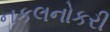
નકલનોકરી